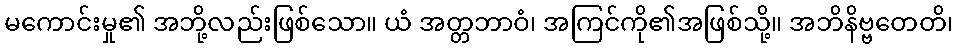
မကောင်းမှု၏ အဘို့လည်းဖြစ်သော။ ယံ အတ္တဘာဝံ၊ အကြင်ကို၏အဖြစ်သို့။ အဘိနိဗ္ဗတေတိ၊